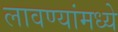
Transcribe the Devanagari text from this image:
लावण्यांमध्ये